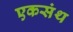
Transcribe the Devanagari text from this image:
एकसंथ